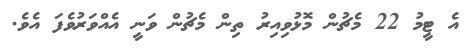
އެ ޓީމު 22 މެޗުން މޮޅުވިއިރު ތިން މެޗުން ވަނީ އެއްވަރުވެފަ އެވެ.